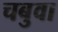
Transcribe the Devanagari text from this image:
चबुवा